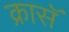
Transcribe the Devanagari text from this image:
क्रासॅ